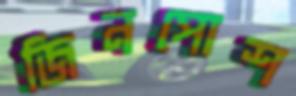
জিনপোশ